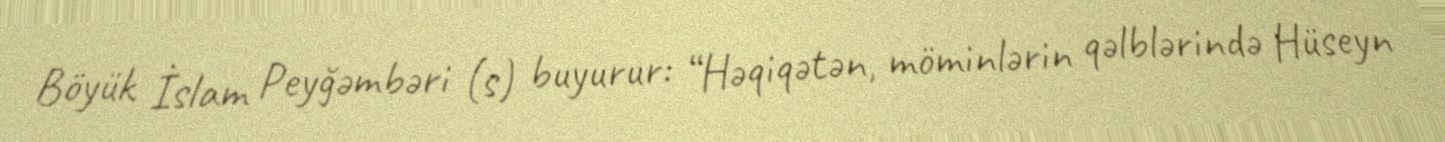
Böyük İslam Peyğəmbəri (s) buyurur: “Həqiqətən, möminlərin qəlblərində Hüseyn